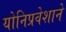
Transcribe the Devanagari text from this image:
योनिप्रवेशाने